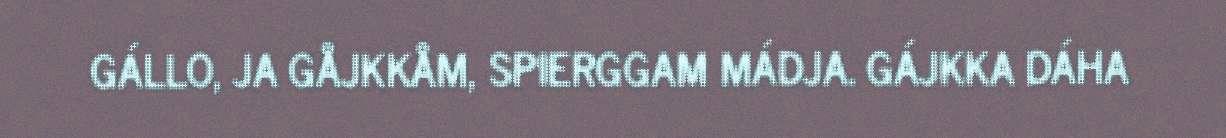
GÁLLO, JA GÅJKKÅM, SPIERGGAM MÁDJA. GÁJKKA DÁHA